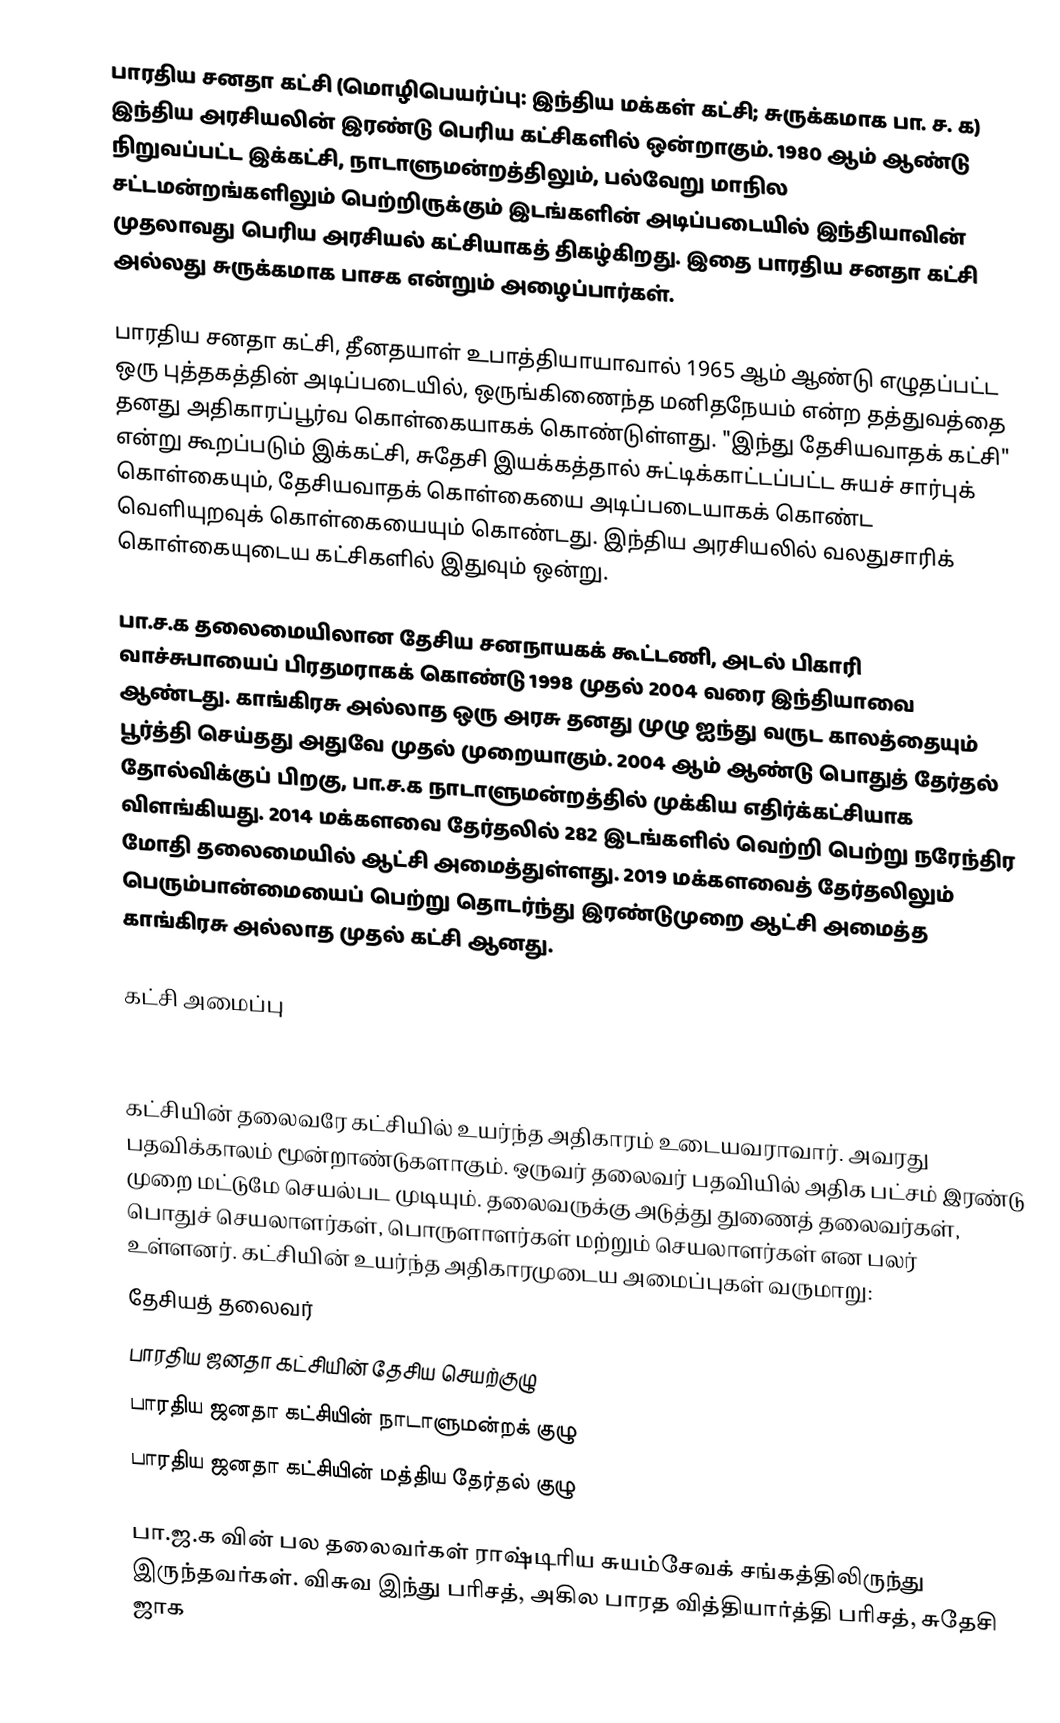
பாரதிய சனதா கட்சி  (மொழிபெயர்ப்பு: இந்திய மக்கள் கட்சி; சுருக்கமாக பா. ச. க) இந்திய அரசியலின் இரண்டு பெரிய கட்சிகளில் ஒன்றாகும். 1980 ஆம் ஆண்டு நிறுவப்பட்ட இக்கட்சி, நாடாளுமன்றத்திலும், பல்வேறு மாநில சட்டமன்றங்களிலும் பெற்றிருக்கும் இடங்களின் அடிப்படையில் இந்தியாவின் முதலாவது பெரிய அரசியல் கட்சியாகத் திகழ்கிறது. இதை பாரதிய சனதா கட்சி அல்லது சுருக்கமாக பாசக என்றும் அழைப்பார்கள்.

பாரதிய சனதா கட்சி, தீனதயாள் உபாத்தியாயாவால் 1965 ஆம் ஆண்டு எழுதப்பட்ட ஒரு புத்தகத்தின் அடிப்படையில், ஒருங்கிணைந்த மனிதநேயம்  என்ற தத்துவத்தை தனது அதிகாரப்பூர்வ கொள்கையாகக் கொண்டுள்ளது. "இந்து தேசியவாதக் கட்சி" என்று கூறப்படும் இக்கட்சி, சுதேசி இயக்கத்தால் சுட்டிக்காட்டப்பட்ட சுயச் சார்புக் கொள்கையும், தேசியவாதக் கொள்கையை அடிப்படையாகக் கொண்ட வெளியுறவுக் கொள்கையையும் கொண்டது. இந்திய அரசியலில் வலதுசாரிக் கொள்கையுடைய கட்சிகளில் இதுவும் ஒன்று.

பா.ச.க தலைமையிலான தேசிய சனநாயகக் கூட்டணி, அடல் பிகாரி வாச்சுபாயைப் பிரதமராகக் கொண்டு 1998 முதல் 2004 வரை இந்தியாவை ஆண்டது. காங்கிரசு அல்லாத ஒரு அரசு தனது முழு ஐந்து வருட காலத்தையும் பூர்த்தி செய்தது அதுவே முதல் முறையாகும். 2004 ஆம் ஆண்டு பொதுத் தேர்தல் தோல்விக்குப் பிறகு, பா.ச.க நாடாளுமன்றத்தில் முக்கிய எதிர்க்கட்சியாக விளங்கியது. 2014 மக்களவை தேர்தலில் 282 இடங்களில் வெற்றி பெற்று நரேந்திர மோதி தலைமையில் ஆட்சி அமைத்துள்ளது. 2019 மக்களவைத் தேர்தலிலும் பெரும்பான்மையைப் பெற்று தொடர்ந்து இரண்டுமுறை ஆட்சி அமைத்த காங்கிரசு அல்லாத முதல் கட்சி ஆனது.

கட்சி அமைப்பு

கட்சியின் தலைவரே கட்சியில் உயர்ந்த அதிகாரம் உடையவராவார். அவரது பதவிக்காலம் மூன்றாண்டுகளாகும். ஒருவர் தலைவர் பதவியில் அதிக பட்சம் இரண்டு முறை மட்டுமே செயல்பட முடியும்.  தலைவருக்கு அடுத்து துணைத் தலைவர்கள், பொதுச் செயலாளர்கள், பொருளாளர்கள் மற்றும் செயலாளர்கள் என பலர் உள்ளனர். கட்சியின் உயர்ந்த அதிகாரமுடைய அமைப்புகள் வருமாறு:
 தேசியத் தலைவர்
 பாரதிய ஜனதா கட்சியின் தேசிய செயற்குழு
 பாரதிய ஜனதா கட்சியின் நாடாளுமன்றக் குழு
 பாரதிய ஜனதா கட்சியின் மத்திய தேர்தல் குழு

பா.ஜ.க வின் பல தலைவர்கள் ராஷ்டிரிய சுயம்சேவக் சங்கத்திலிருந்து இருந்தவர்கள். விசுவ இந்து பரிசத், அகில பாரத வித்தியார்த்தி பரிசத், சுதேசி ஜாக